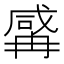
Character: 𱏼